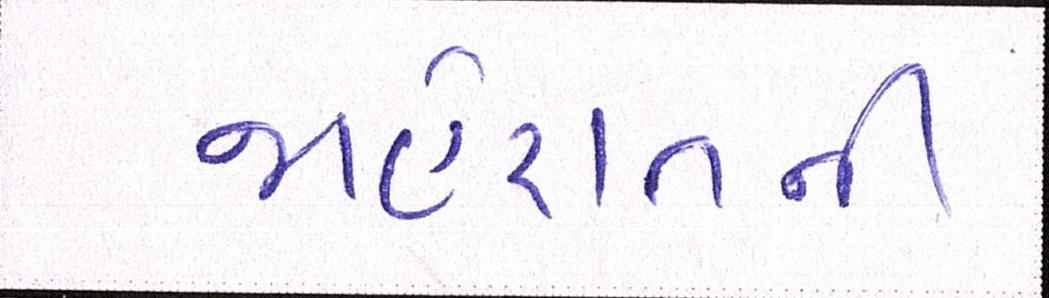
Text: જાહેરાતની